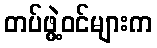
တပ်ဖွဲ့ဝင်များက